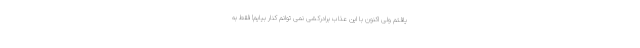
یافتم ولی اکنون با این عذاب برادرکشی نمی توانم کنار بیایم! فقط به